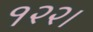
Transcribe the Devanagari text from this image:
१२२।